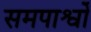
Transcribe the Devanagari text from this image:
समपार्श्वों